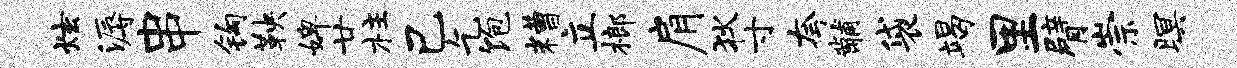
炫溽串钩鞅婢廿柱己乞饱糟立榔肩狄寸夸黼袋竭里臂崇暝